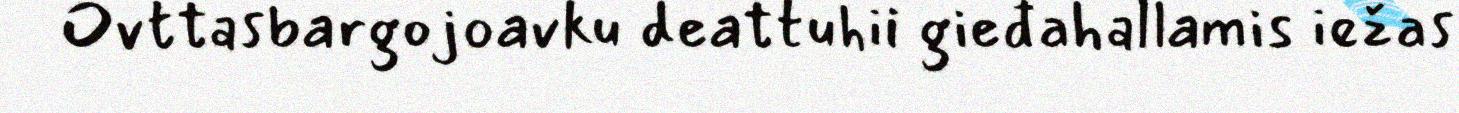
Ovttasbargojoavku deattuhii gieđahallamis iežas